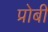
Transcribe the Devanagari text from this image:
प्रोबी